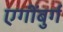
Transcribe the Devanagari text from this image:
एगींबुर्ग